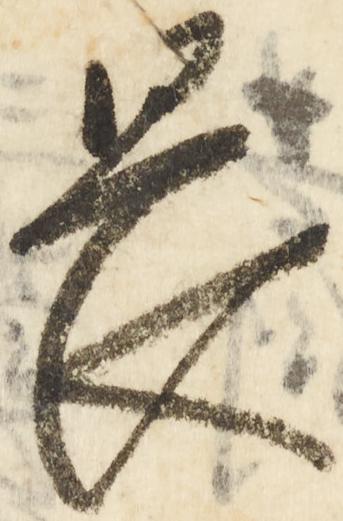
畏